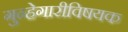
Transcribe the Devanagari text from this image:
गुन्हेगारीविषयक